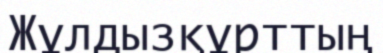
Жұлдызқұрттың